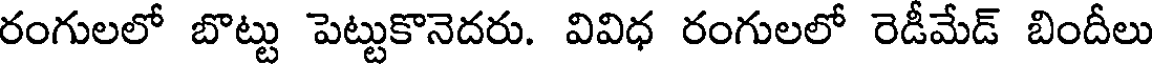
రంగులలో బొట్టు పెట్టుకొనెదరు. వివిధ రంగులలో రెడీమేడ్ బిందీలు